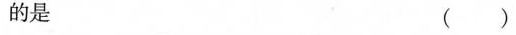
的是 ( )